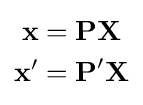
{\begin{aligned}\mathbf {x} &={\textbf {P}}{\textbf {X}}\\\mathbf {x'} &={\textbf {P}}'{\textbf {X}}\end{aligned}}